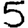
Digit: 5